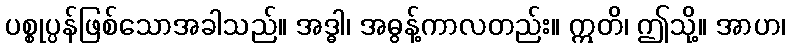
ပစ္စုပ္ပန်ဖြစ်သောအခါသည်။ အဒ္ဓါ၊ အဓွန့်ကာလတည်း။ ဣတိ၊ ဤသို့။ အာဟ၊